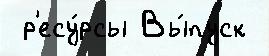
 р'есу́рсы Вы́пуск